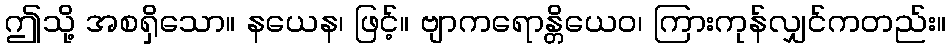
ဤသို့ အစရှိသော။ နယေန၊ ဖြင့်။ ဗျာကရောန္တိယေဝ၊ ကြားကုန်လျှင်ကတည်း။